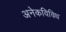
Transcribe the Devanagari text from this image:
अनेकविविध